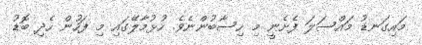
މައިގަނޑު މައްސަލަ ފެށެނީ މި ހިސާބުންނެވެ. ހުޅުމާލޭގައި މި ފަހުން ހެދި ބޮޑު